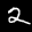
Label: 2